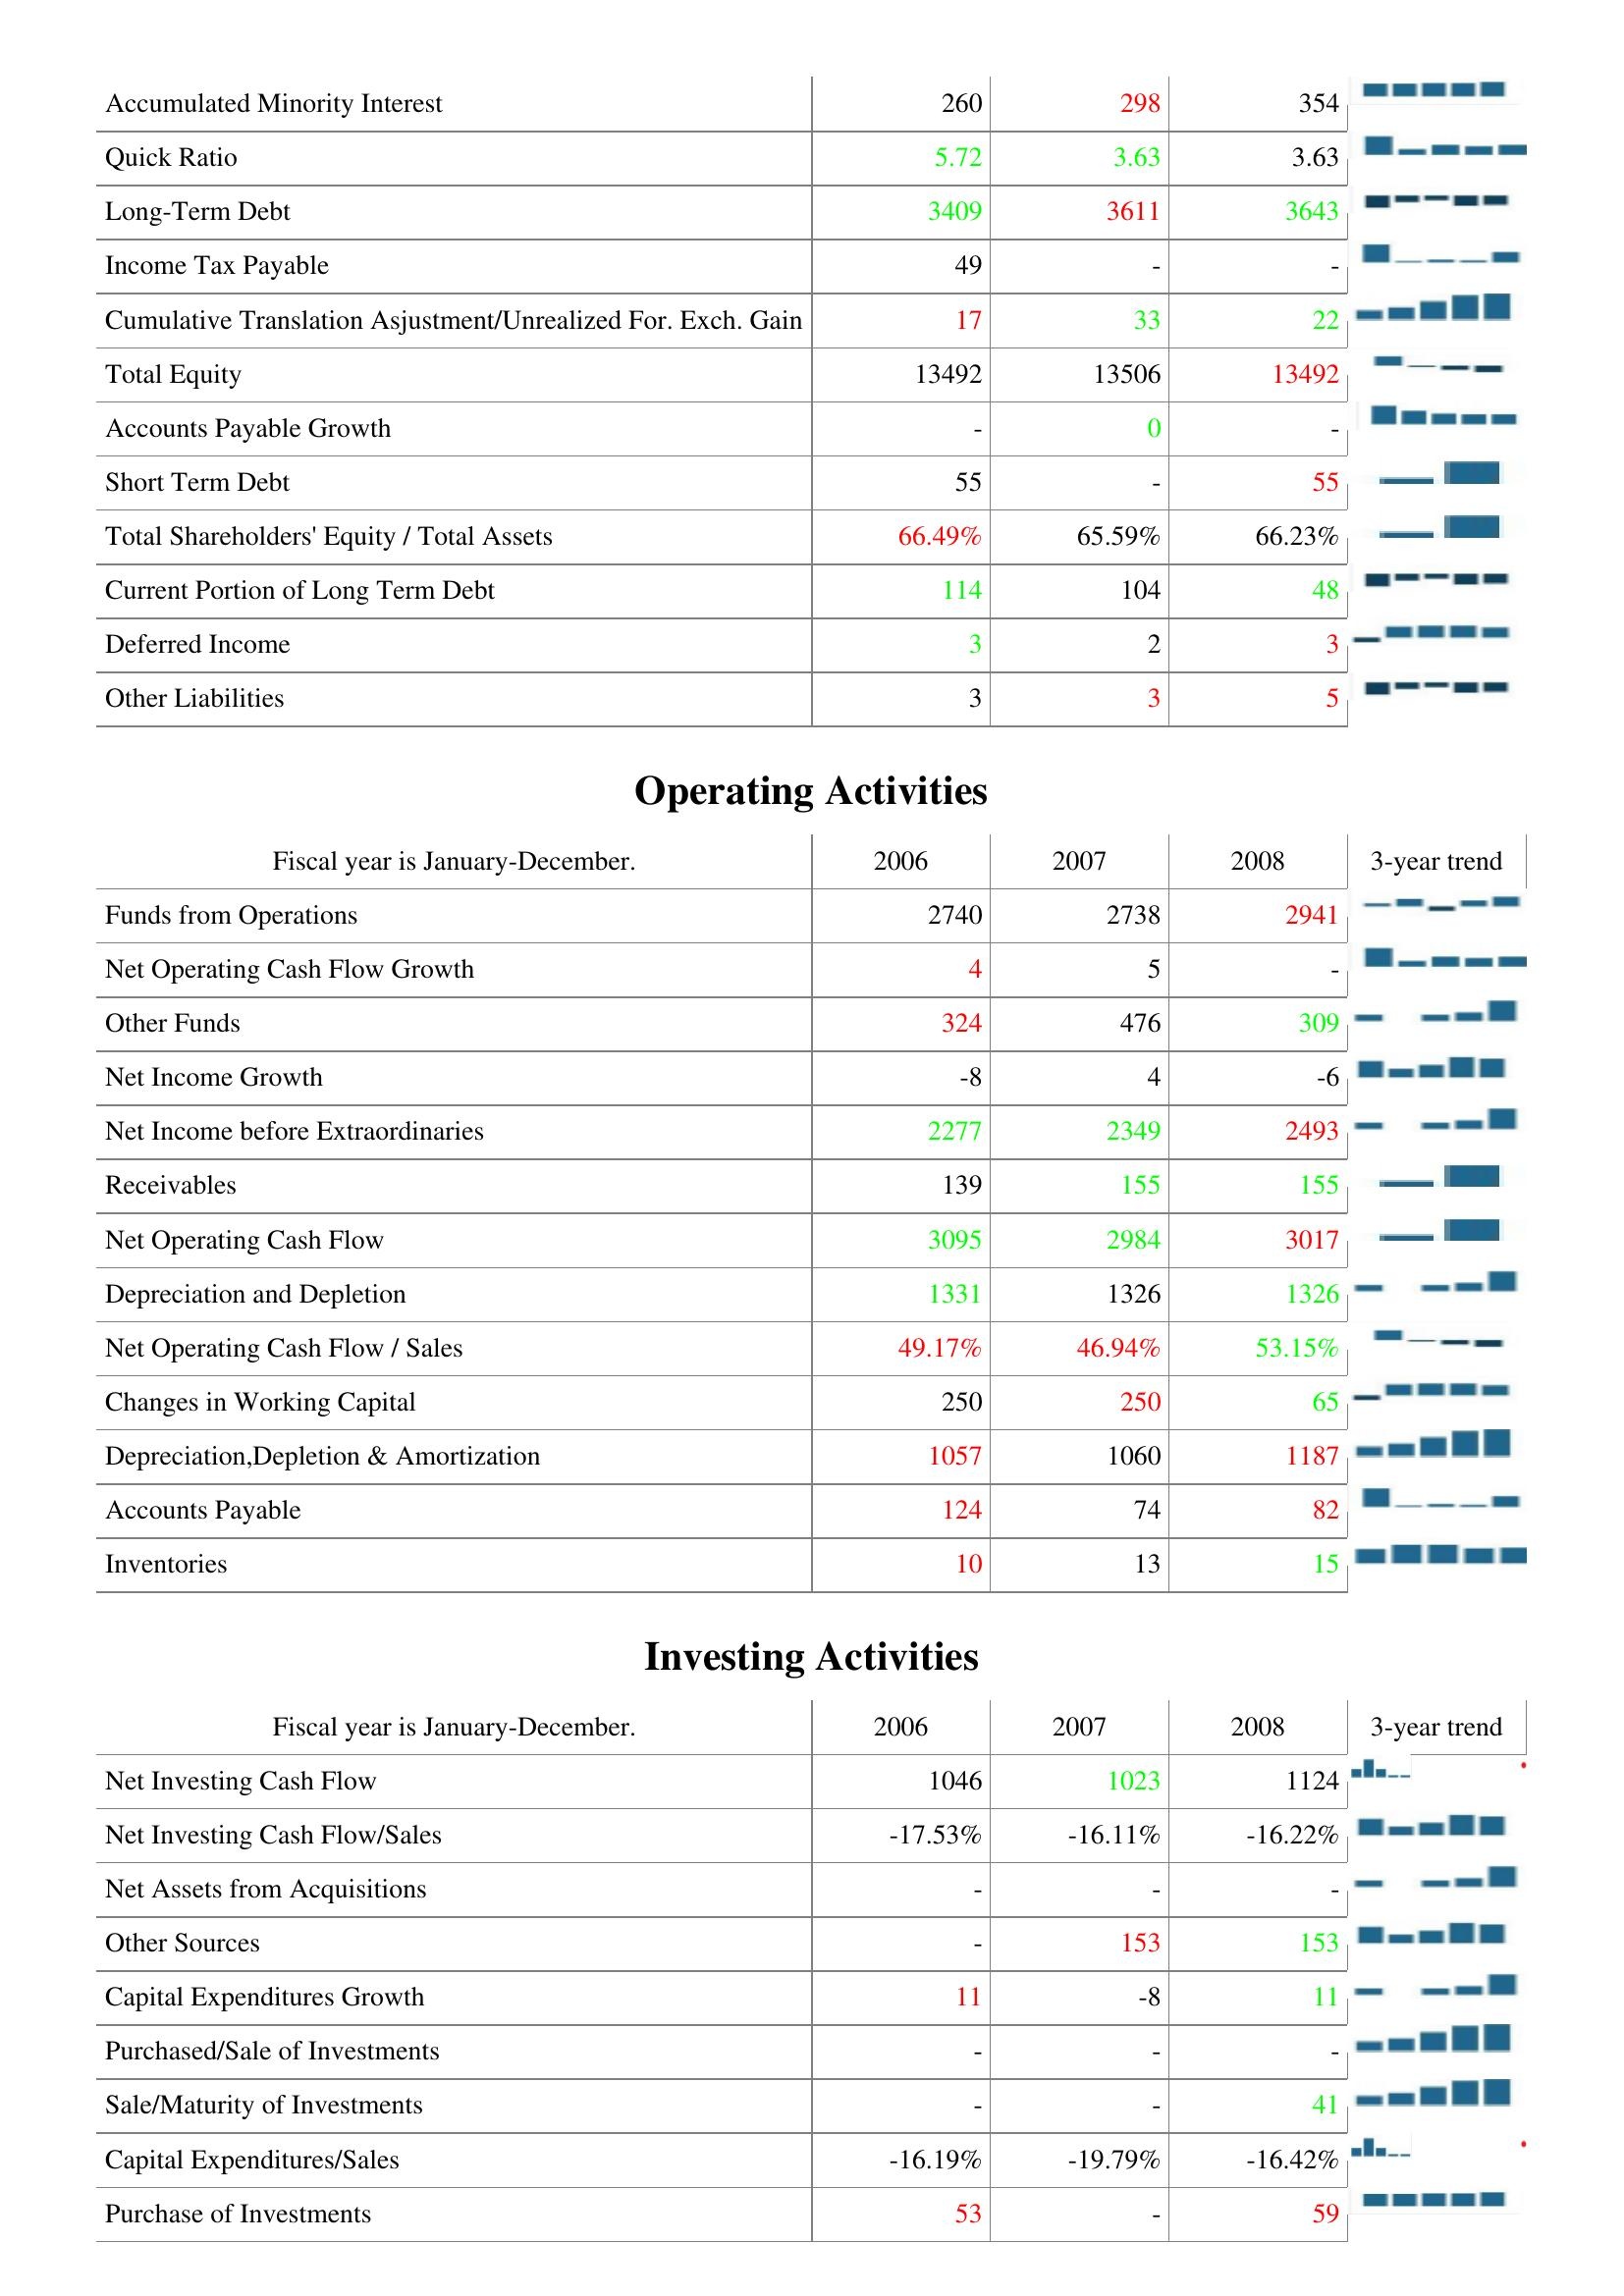
2006: Liabilities & Shareholder's Equity: Accumulated Minority Interest: 260
Quick Ratio: 5.72
Long-Term Debt: 3409
Income Tax Payable: 49
Cumulative Translation Asjustment/Unrealized For. Exch. Gain: 17
Total Equity: 13492
Accounts Payable Growth: -
Short Term Debt: 55
Total Shareholders' Equity / Total Assets: 66.49%
Current Portion of Long Term Debt: 114
Deferred Income: 3
Other Liabilities: 3
Operating Activities: Funds from Operations: 2740
Net Operating Cash Flow Growth: 4
Other Funds: 324
Net Income Growth: -8
Net Income before Extraordinaries: 2277
Receivables: 139
Net Operating Cash Flow: 3095
Depreciation and Depletion: 1331
Net Operating Cash Flow / Sales: 49.17%
Changes in Working Capital: 250
Depreciation,Depletion & Amortization: 1057
Accounts Payable: 124
Inventories: 10
Investing Activities: Net Investing Cash Flow: 1046
Net Investing Cash Flow/Sales: -17.53%
Net Assets from Acquisitions: -
Other Sources: -
Capital Expenditures Growth: 11
Purchased/Sale of Investments: -
Sale/Maturity of Investments: -
Capital Expenditures/Sales: -16.19%
Purchase of Investments: 53
2007: Liabilities & Shareholder's Equity: Accumulated Minority Interest: 298
Quick Ratio: 3.63
Long-Term Debt: 3611
Income Tax Payable: -
Cumulative Translation Asjustment/Unrealized For. Exch. Gain: 33
Total Equity: 13506
Accounts Payable Growth: 0
Short Term Debt: -
Total Shareholders' Equity / Total Assets: 65.59%
Current Portion of Long Term Debt: 104
Deferred Income: 2
Other Liabilities: 3
Operating Activities: Funds from Operations: 2738
Net Operating Cash Flow Growth: 5
Other Funds: 476
Net Income Growth: 4
Net Income before Extraordinaries: 2349
Receivables: 155
Net Operating Cash Flow: 2984
Depreciation and Depletion: 1326
Net Operating Cash Flow / Sales: 46.94%
Changes in Working Capital: 250
Depreciation,Depletion & Amortization: 1060
Accounts Payable: 74
Inventories: 13
Investing Activities: Net Investing Cash Flow: 1023
Net Investing Cash Flow/Sales: -16.11%
Net Assets from Acquisitions: -
Other Sources: 153
Capital Expenditures Growth: -8
Purchased/Sale of Investments: -
Sale/Maturity of Investments: -
Capital Expenditures/Sales: -19.79%
Purchase of Investments: -
2008: Liabilities & Shareholder's Equity: Accumulated Minority Interest: 354
Quick Ratio: 3.63
Long-Term Debt: 3643
Income Tax Payable: -
Cumulative Translation Asjustment/Unrealized For. Exch. Gain: 22
Total Equity: 13492
Accounts Payable Growth: -
Short Term Debt: 55
Total Shareholders' Equity / Total Assets: 66.23%
Current Portion of Long Term Debt: 48
Deferred Income: 3
Other Liabilities: 5
Operating Activities: Funds from Operations: 2941
Net Operating Cash Flow Growth: -
Other Funds: 309
Net Income Growth: -6
Net Income before Extraordinaries: 2493
Receivables: 155
Net Operating Cash Flow: 3017
Depreciation and Depletion: 1326
Net Operating Cash Flow / Sales: 53.15%
Changes in Working Capital: 65
Depreciation,Depletion & Amortization: 1187
Accounts Payable: 82
Inventories: 15
Investing Activities: Net Investing Cash Flow: 1124
Net Investing Cash Flow/Sales: -16.22%
Net Assets from Acquisitions: -
Other Sources: 153
Capital Expenditures Growth: 11
Purchased/Sale of Investments: -
Sale/Maturity of Investments: 41
Capital Expenditures/Sales: -16.42%
Purchase of Investments: 59